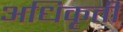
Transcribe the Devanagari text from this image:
अधिकृती